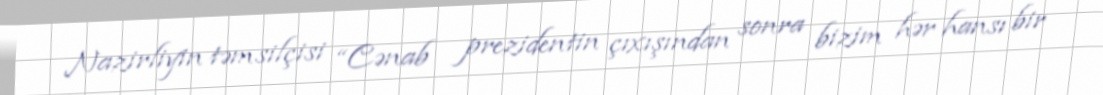
Nazirliyin təmsilçisi “Cənab prezidentin çıxışından sonra bizim hər hansı bir